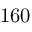
1 6 0